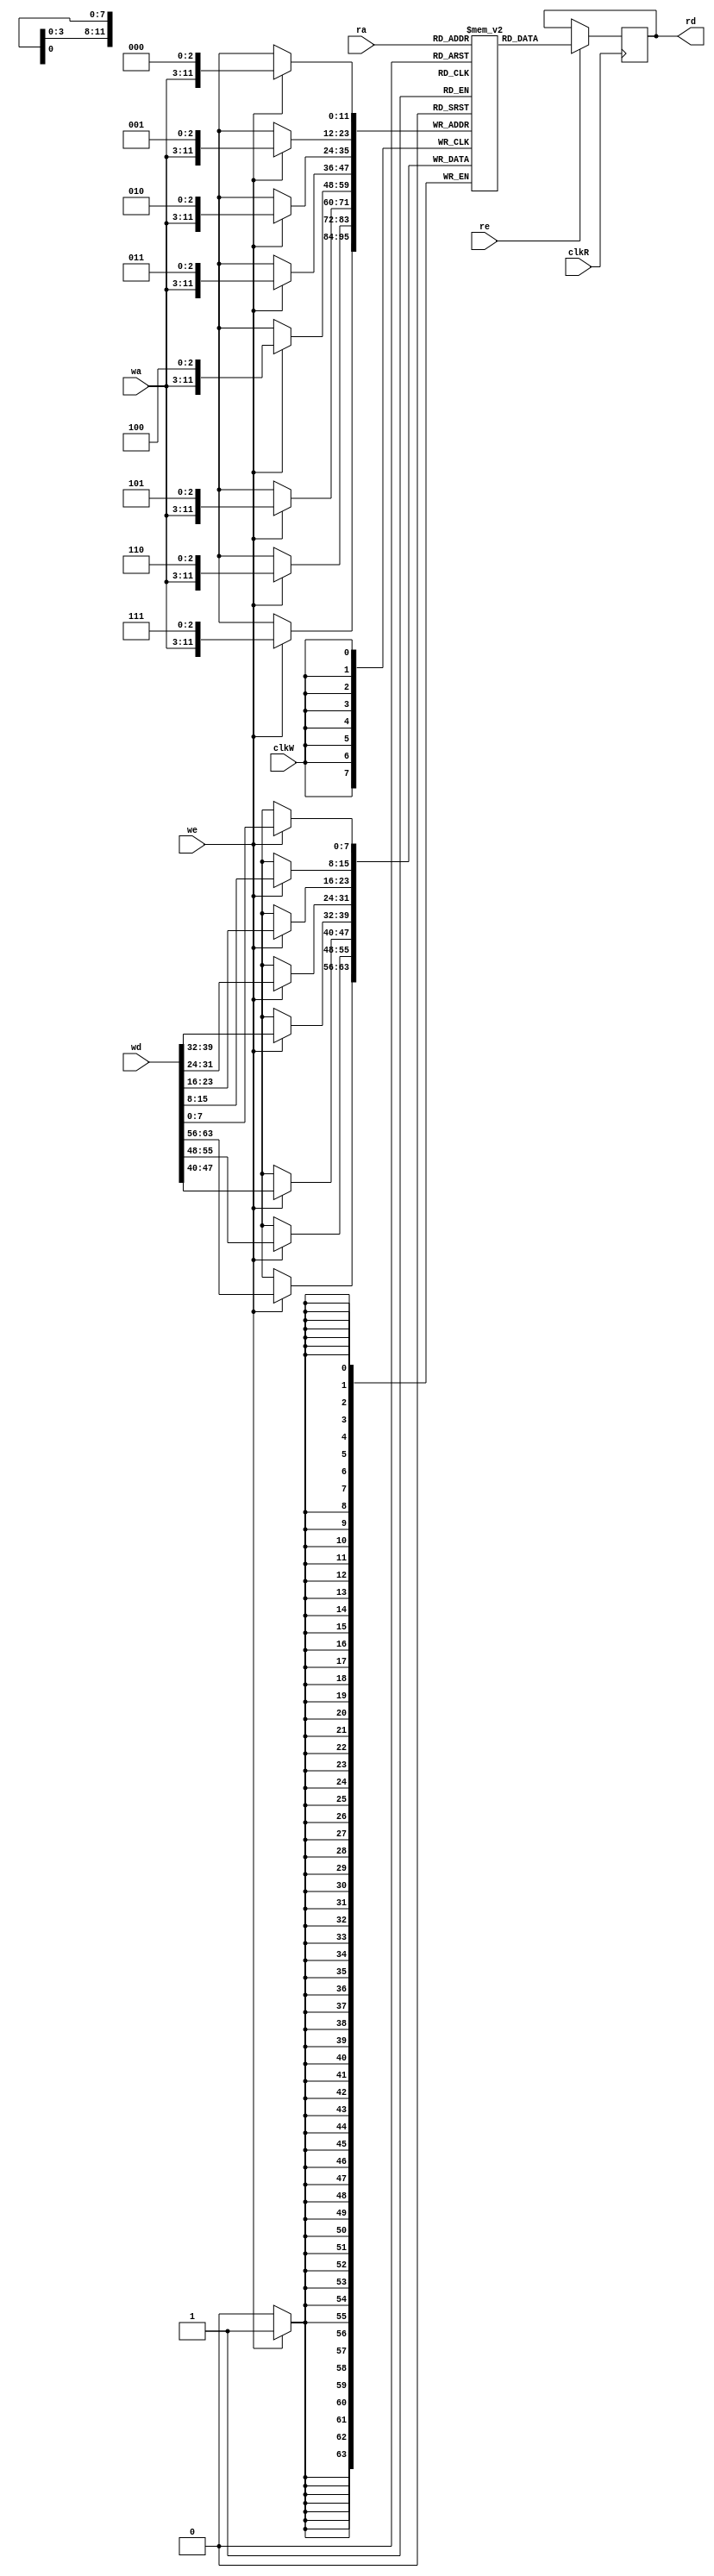
module asym_ram(clkW, clkR, we, re, wa, ra, wd, rd);
	parameter WR_DATA_WIDTH = 64;
	parameter WR_ADDR_WIDTH = 9;
	parameter RD_DATA_WIDTH = 8;
	parameter RD_ADDR_WIDTH = 12;

	input clkW;
	input we;
	input [WR_ADDR_WIDTH-1:0] wa;
	input [WR_DATA_WIDTH-1:0] wd;

	input clkR;
	input re;
	input [RD_ADDR_WIDTH-1:0] ra;
	output [RD_DATA_WIDTH-1:0] rd;

	`define max(a,b) {(a) > (b) ? (a) : (b)}
	`define min(a,b) {(a) < (b) ? (a) : (b)}

	function integer log2;
		input integer value;

		integer shifted;
		integer res;
		begin
			shifted = value-1;
			for (res=0; shifted>0; res=res+1)
				shifted = shifted>>1;
			log2 = res;
		end
	endfunction
	localparam SIZEA = 2**WR_ADDR_WIDTH;
	localparam SIZEB = 2**RD_ADDR_WIDTH;
	localparam maxSIZE = `max(SIZEA, SIZEB);

	localparam maxWIDTH = `max(WR_DATA_WIDTH, RD_DATA_WIDTH);
	localparam minWIDTH = `min(WR_DATA_WIDTH, RD_DATA_WIDTH);
	localparam RATIO = maxWIDTH / minWIDTH;
	localparam log2RATIO = log2(RATIO);

	reg [minWIDTH-1:0] RAM [0:maxSIZE-1];
	reg [RD_DATA_WIDTH-1:0] readB;
	assign rd = readB;

	generate
		if (WR_DATA_WIDTH <= RD_DATA_WIDTH) begin
			always @(posedge clkW) begin
				if (we)
					RAM[wa] <= wd;
			end
		end
		else begin
			always @(posedge clkW) begin: ramwrite
				integer i;
				reg [log2RATIO-1:0] lsbaddr;
				if (we) begin
					for (i = 0; i < RATIO; i = i+1) begin
						lsbaddr = i;
						RAM[{wa,lsbaddr}] <= wd[(i+1)*minWIDTH-1 -: minWIDTH];
					end
				end
			end
		end

		if (WR_DATA_WIDTH >= RD_DATA_WIDTH) begin
			always @(posedge clkR) begin
				if (re)
					readB <= RAM[ra];
			end
		end
		else begin
			always @(posedge clkR) begin : ramread
				integer i;
				reg [log2RATIO-1:0] lsbaddr;
				if (re) begin
					for (i = 0; i < RATIO; i = i+1) begin
						lsbaddr = i;
						readB[(i+1)*minWIDTH-1 -: minWIDTH] <= RAM[{ra,lsbaddr}];
					end
				end
			end
		end
	endgenerate
endmodule